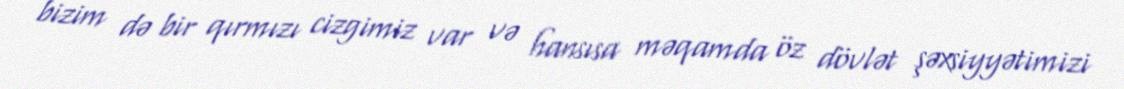
bizim də bir qırmızı cizgimiz var və hansısa məqamda öz dövlət şəxsiyyətimizi